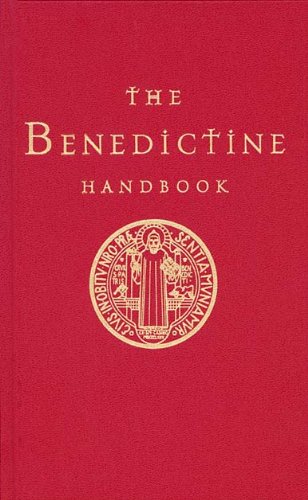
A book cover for The Benedictine Handbook; Christian Books & Bibles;